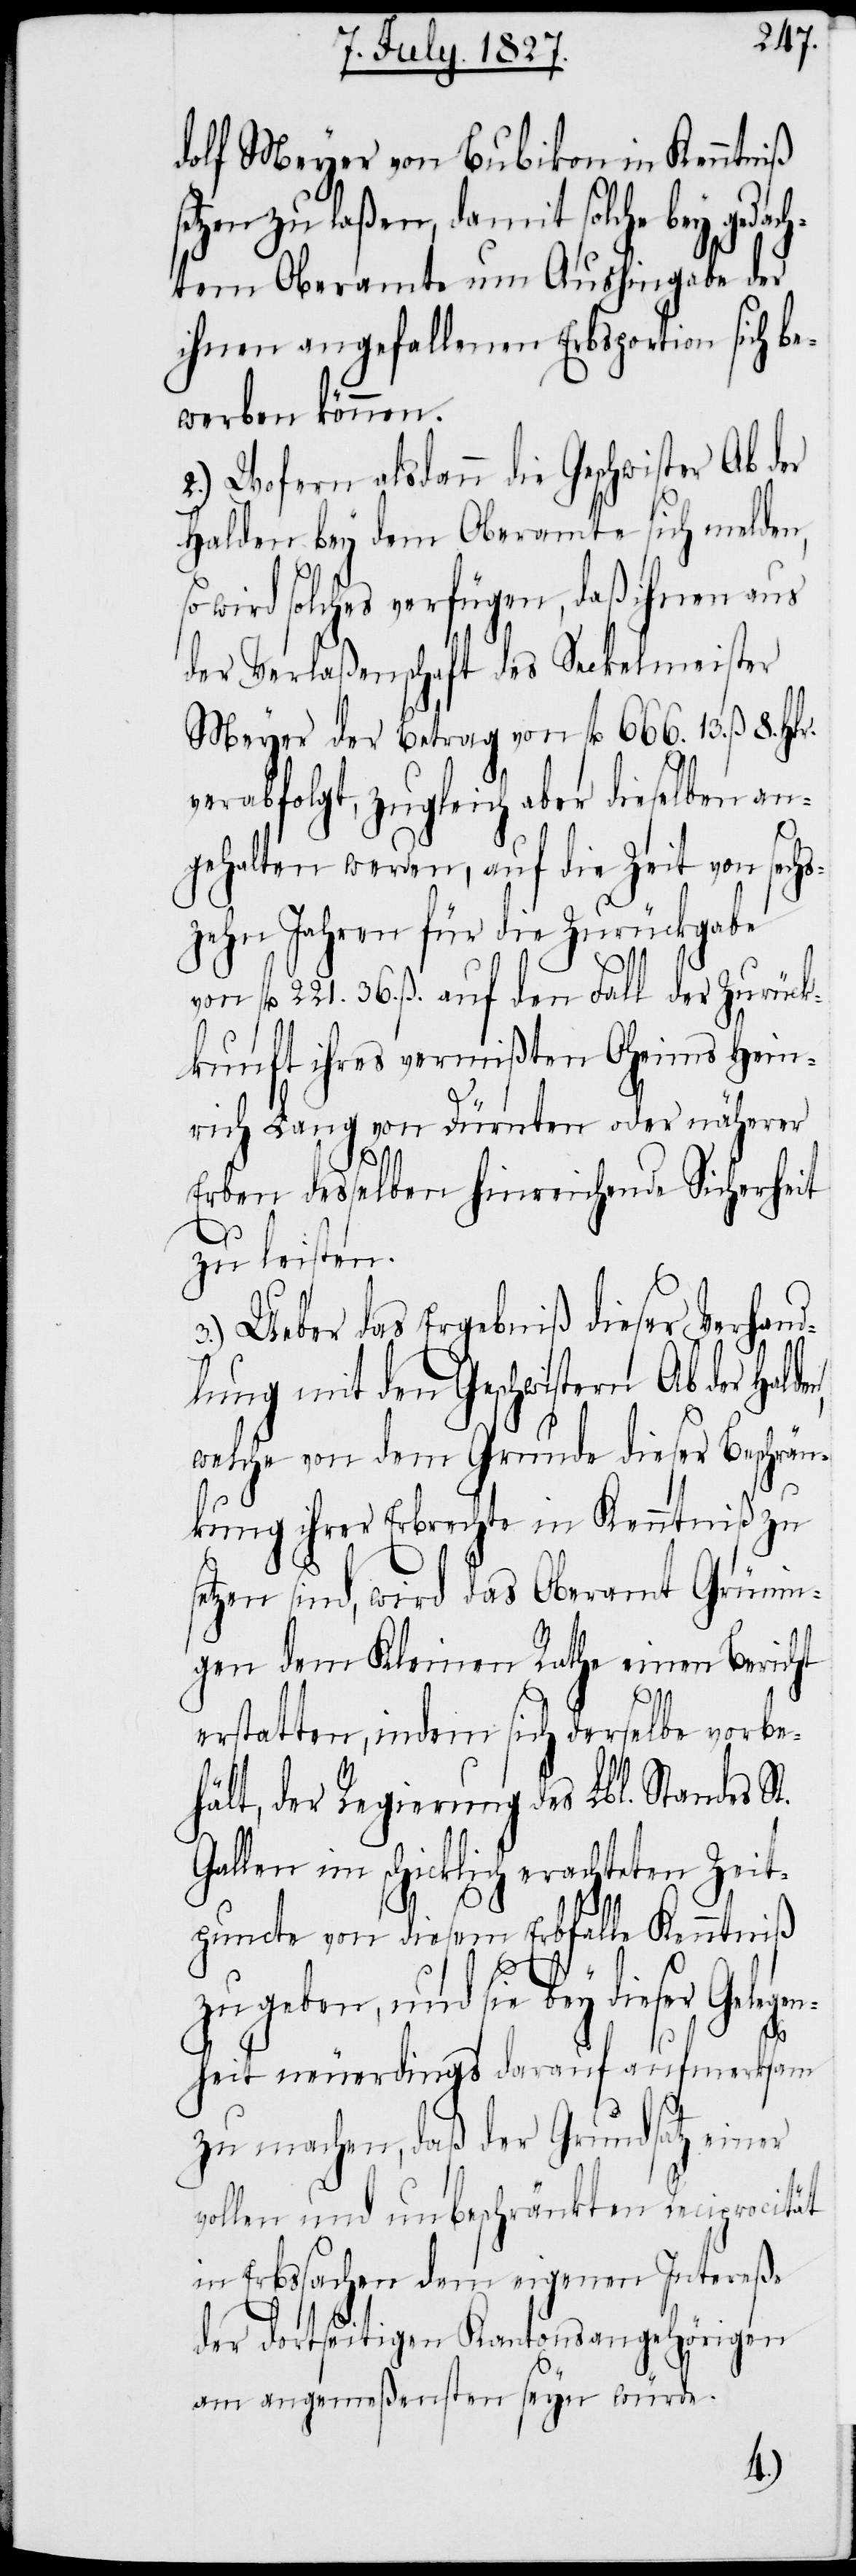
dolf Meyer von Bubikon in Kenntniß
etzen zu laßen, damit solche bey gedac¬
htem Oberamte um Aushingabe der
ihnen angefallenen Erbsportion sich be¬
werben können.
2.) Wofern alsdann die Geschwister Ab der
Halden bey dem Oberamte sich melden,
wird solches verfügen, daß ihnen aus
der Verlaßenschaft des Seckelmeister
Meyer der Betrag von fl. 666. 13. ß. 8.
verabfolgt, zugleich aber dieselben an¬
gehalten werden, auf die Zeit von sechs¬
zehn Jahren für die Zurückgabe
von fl. 221. 36. ß. auf den Fall der Zurück¬
kunft ihres vermißten Oheims Hein¬
rich Lang von Dürnten oder näherer
Erben desselben hinreichende Sicherheit
zu leisten.
3.) Ueber das Ergebniß dieser Verhand¬
lung mit den Geschwistern Ab der
welche von dem Grunde dieser Beschrän¬
kung ihrer Erbrechte in Kenntniß zu
setzen sind, wird das Oberamt Grünin¬
gen dem Kleinen Rathe einen Bericht
erstatten, indem sich derselbe vorbe¬
hält, der Regierung des Lbl. Standes St.
Gallen im schicklich erachteten Zeit¬
puncte von diesem Erbfalle Kenntniß
dieser Gelegen¬
heit neuerdings darauf aufmerksam
zu machen, daß der Grundsatz einer
vollen und unbeschränkten Reciprocität
Erbssachen dem eigenen Intereße
der dortseitigen Kantonsangehörigen
am angemeßensten seyn würde.
s¬